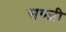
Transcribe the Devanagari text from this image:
सब्‍जी